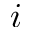
i